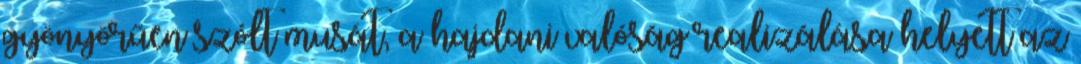
gyönyörűen szólt musát, a hajdani valóság realizálása helyett az